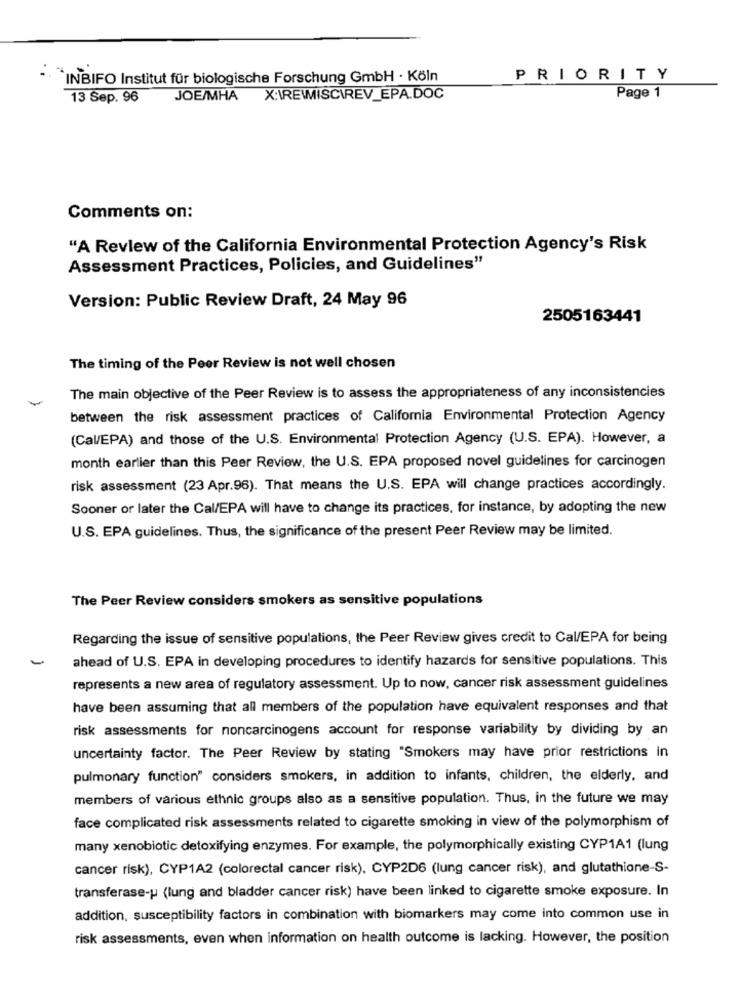
INBIFO Institut für biologische Forschung GmbH . Köln
PRIORITY
13 Sep. 96
JOE/MHA
X:\REMISCIREV_EPA.DOC
Page 1
Comments on:
"A Review of the California Environmental Protection Agency's Risk
Assessment Practices, Policies, and Guidelines"
Version: Public Review Draft, 24 May 96
2505163441
The timing of the Peer Review is not well chosen
The main objective of the Peer Review is to assess the appropriateness of any inconsistencies
between the risk assessment practices of California Environmental Protection Agency
(Cal/EPA) and those of the U.S. Environmental Protection Agency (U.S. EPA). However, a
month earlier than this Peer Review, the U.S. EPA proposed novel guidelines for carcinogen
risk assessment (23 Apr.96). That means the U.S. EPA will change practices accordingly.
Sooner or later the Cal/EPA will have to change its practices, for instance, by adopting the new
U.S. EPA guidelines. Thus, the significance of the present Peer Review may be limited.
The Peer Review considers smokers as sensitive populations
Regarding the issue of sensitive populations, the Peer Review gives credit to Cal/EPA for being
ahead of U.S. EPA in developing procedures to identify hazards for sensitive populations. This
represents a new area of regulatory assessment. Up to now, cancer risk assessment guidelines
have been assuming that all members of the population have equivalent responses and that
risk assessments for noncarcinogens account for response variability by dividing by an
uncertainty factor. The Peer Review by stating "Smokers may have prior restrictions in
pulmonary function" considers smokers, in addition to infants, children, the elderly, and
members of various ethnic groups also as a sensitive population. Thus, in the future we may
face complicated risk assessments related to cigarette smoking in view of the polymorphism of
many xenobiotic detoxifying enzymes. For example, the polymorphically existing CYP1A1 (lung
cancer risk), CYP1A2 (colorectal cancer risk), CYP2D6 (lung cancer risk), and glutathione-S-
transferase-p (lung and bladder cancer risk) have been linked to cigarette smoke exposure. In
addition, susceptibility factors in combination with biomarkers may come into common use in
risk assessments, even when information on health outcome is lacking. However, the position